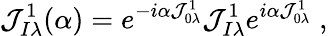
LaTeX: \mathcal{J}_{I\lambda}^{1}(\alpha)=e^{-i\alpha\mathcal{J}_{0\lambda}^{1}}\mathcal{J}_{I\lambda}^{1}e^{i\alpha\mathcal{J}_{0\lambda}^{1}}\; ,